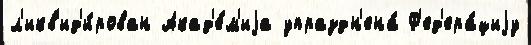
л'икв'ид'и́рован Акад'е́м'иjа упраздн'ена́ Ф'ед'ера́циjу